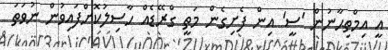
އީ އިމްތިޙާނުން 'ސީ' އިން ފެށިގެން މަތީ ގްރޭޑެއް ހާސިލުކޮށްފައިވުން ނުވަތަ